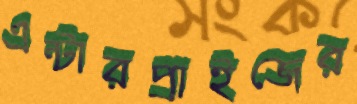
এন্টারপ্রাইজের